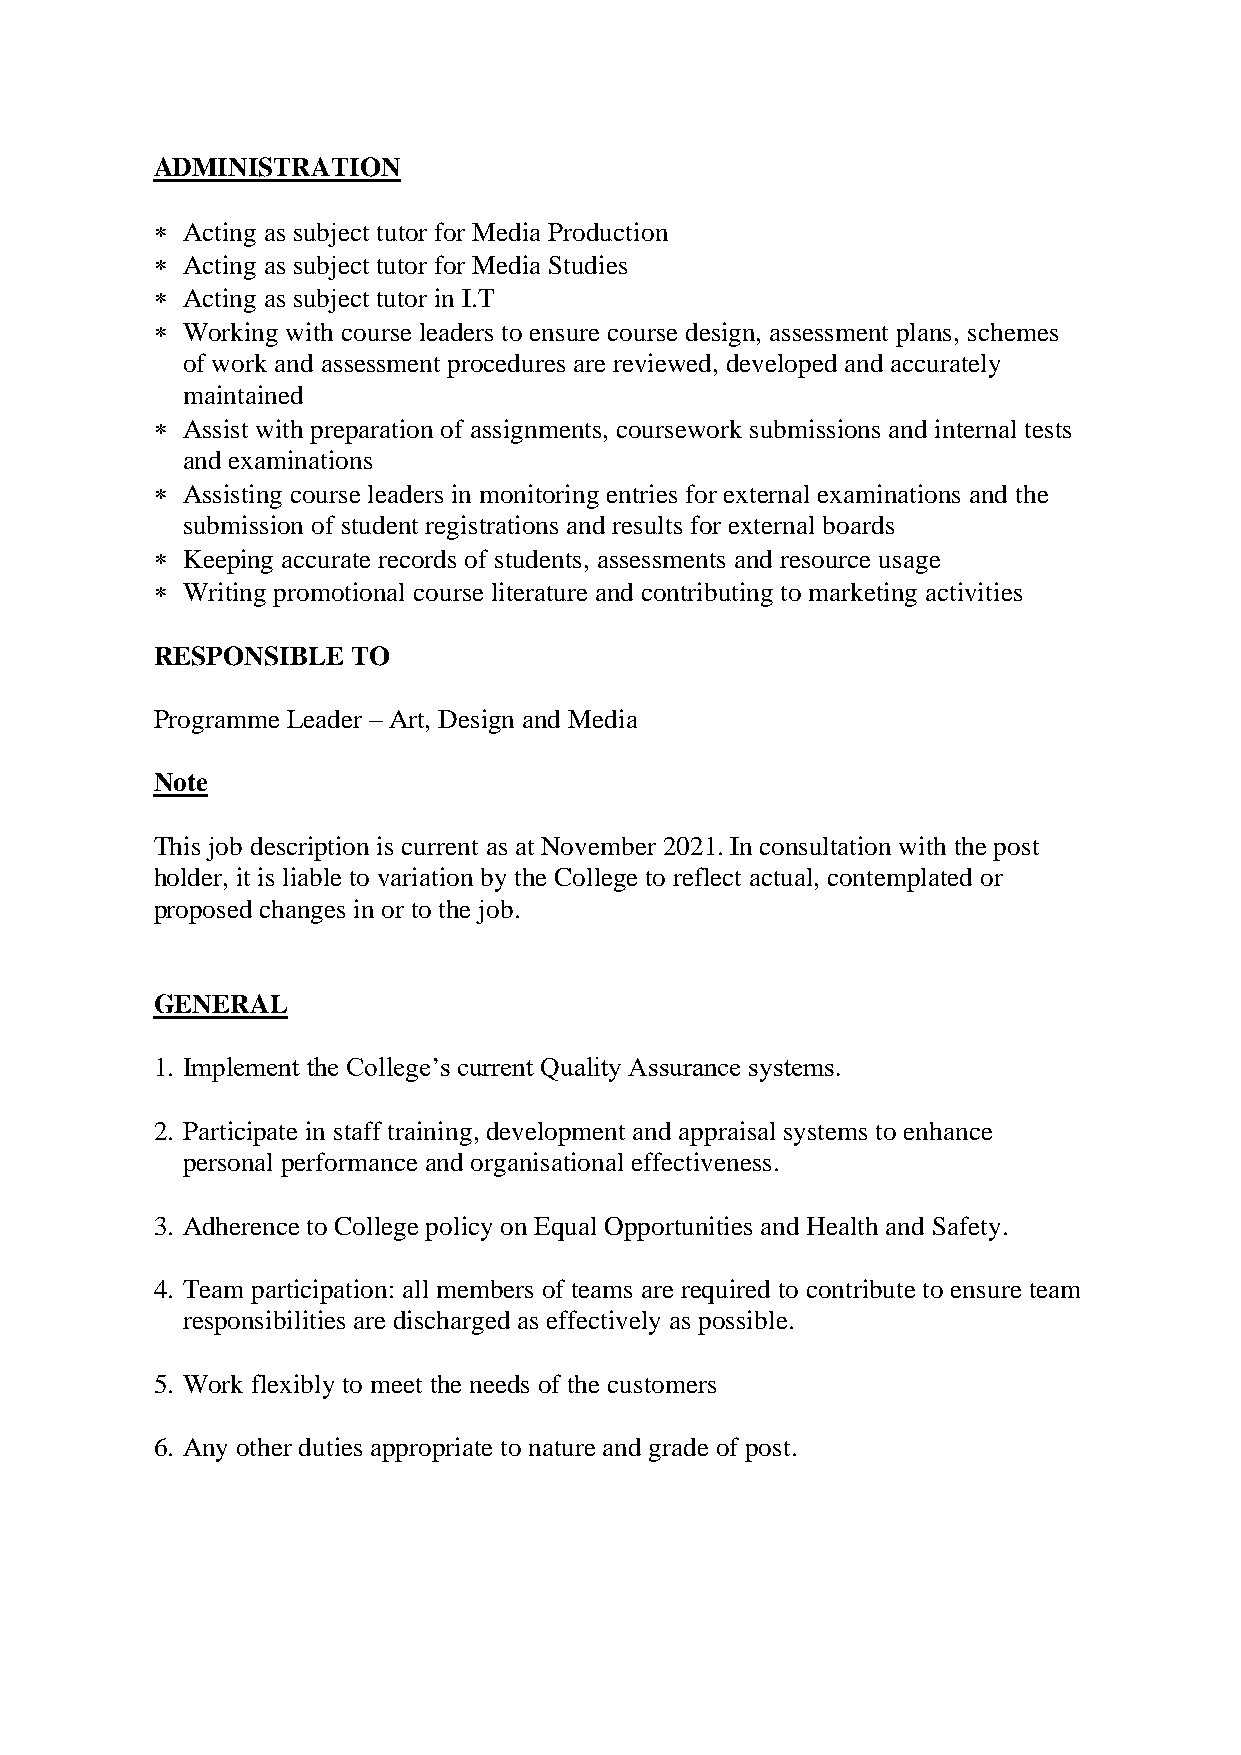
ADMINISTRATION
  Acting as subject tutor for Media Production
  Acting as subject tutor for Media Studies
  Acting as subject tutor in I.T
  Working with course leaders to ensure course design, assessment plans, schemes
 of work and assessment procedures are reviewed, developed and accurately
 maintained
  Assist with preparation of assignments, coursework submissions and internal tests
 and examinations
  Assisting course leaders in monitoring entries for external examinations and the
 submission of student registrations and results for external boards
  Keeping accurate records of students, assessments and resource usage
  Writing promotional course literature and contributing to marketing activities
 RESPONSIBLE  TO
 Programme Leader – Art, Design and Media
 Note
 This job description is current as at November 2021. In consultation with the post
 holder, it is liable to variation by the College to reflect actual, contemplated or
 proposed changes in or to the job.
 GENERAL
 1. Implement the College’s current Quality Assurance systems.
 2. Participate in staff training, development and appraisal systems to enhance
 personal performance and organisational effectiveness.
 3. Adherence to College policy on Equal Opportunities and Health and Safety.
 4. Team participation: all members of teams are required to contribute to ensure team
 responsibilities are discharged as effectively as possible.
 5. Work flexibly to meet the needs of the customers
 6. Any other duties appropriate to nature and grade of post.